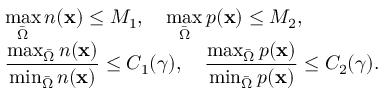
\begin{array} { l } { \displaystyle \operatorname* { m a x } _ { \bar { \Omega } } n ( \mathbf x ) \leq M _ { 1 } , \quad \displaystyle \operatorname* { m a x } _ { \bar { \Omega } } p ( \mathbf x ) \leq M _ { 2 } , } \\ { \displaystyle \frac { \operatorname* { m a x } _ { \bar { \Omega } } n ( \mathbf x ) } { \operatorname* { m i n } _ { \bar { \Omega } } n ( \mathbf x ) } \leq C _ { 1 } ( \gamma ) , \quad \displaystyle \frac { \operatorname* { m a x } _ { \bar { \Omega } } p ( \mathbf x ) } { \operatorname* { m i n } _ { \bar { \Omega } } p ( \mathbf x ) } \leq C _ { 2 } ( \gamma ) . } \end{array}